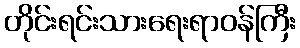
တိုင်းရင်းသားရေးရာဝန်ကြီး